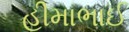
હીમાભાઈ